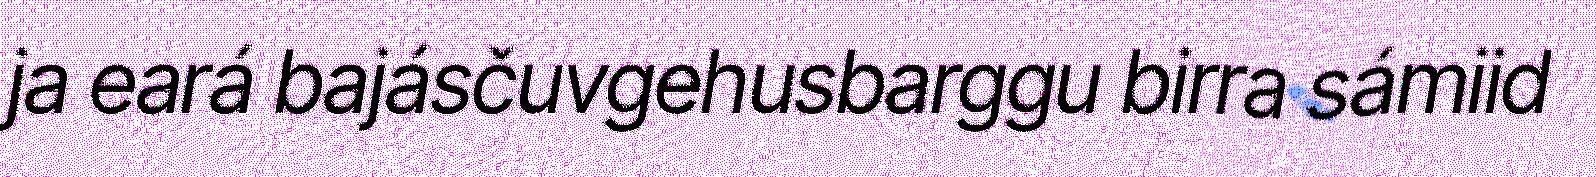
ja eará bajásčuvgehusbarggu birra sámiid